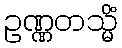
ဥဏ္ဏတသ္မိံ